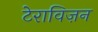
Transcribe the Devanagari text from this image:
टेराविज़न